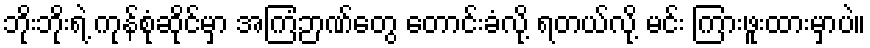
ဘိုးဘိုးရဲ့ ကုန်စုံဆိုင်မှာ အကြံဉာဏ်တွေ တောင်းခံလို့ ရတယ်လို့ မင်း ကြားဖူးထားမှာပဲ။